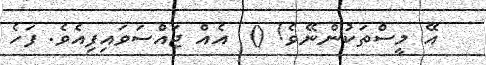
އޭ މީސްތަކުންނޭވެ! ()  އެއް ޖައްސަވައިފިއެވެ. ފަހެ